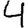
Digit: 4